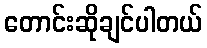
တောင်းဆိုချင်ပါတယ်